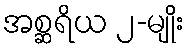
အစ္ဆရိယ ၂-မျိုး